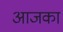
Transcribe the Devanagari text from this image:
आजका